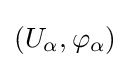
(U_{\alpha },\varphi _{\alpha })